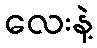
လေးနဲ့